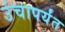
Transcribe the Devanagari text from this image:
उंचापर्यंत